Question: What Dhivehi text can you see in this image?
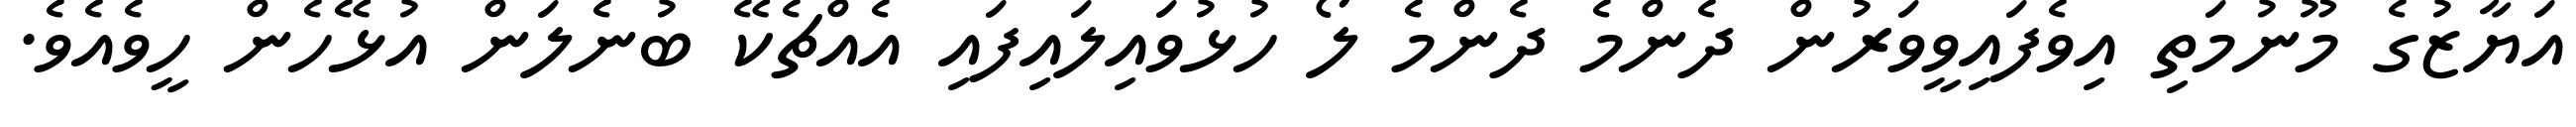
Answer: އަޔާޒުގެ މޫނުމަތި އިވެފައިވީވަރުން ދެންމެ ދެންމެ ލޯ ހުޅުވައިލައިފައި އެއްޗެކޭ ބުނެލަން އުޅޭހެން ހީވެއެވެ.